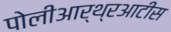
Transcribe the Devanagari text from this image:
पोलीआर्थ्रआटीस